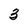
Character: 3